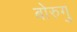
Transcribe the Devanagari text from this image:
बोरुगु